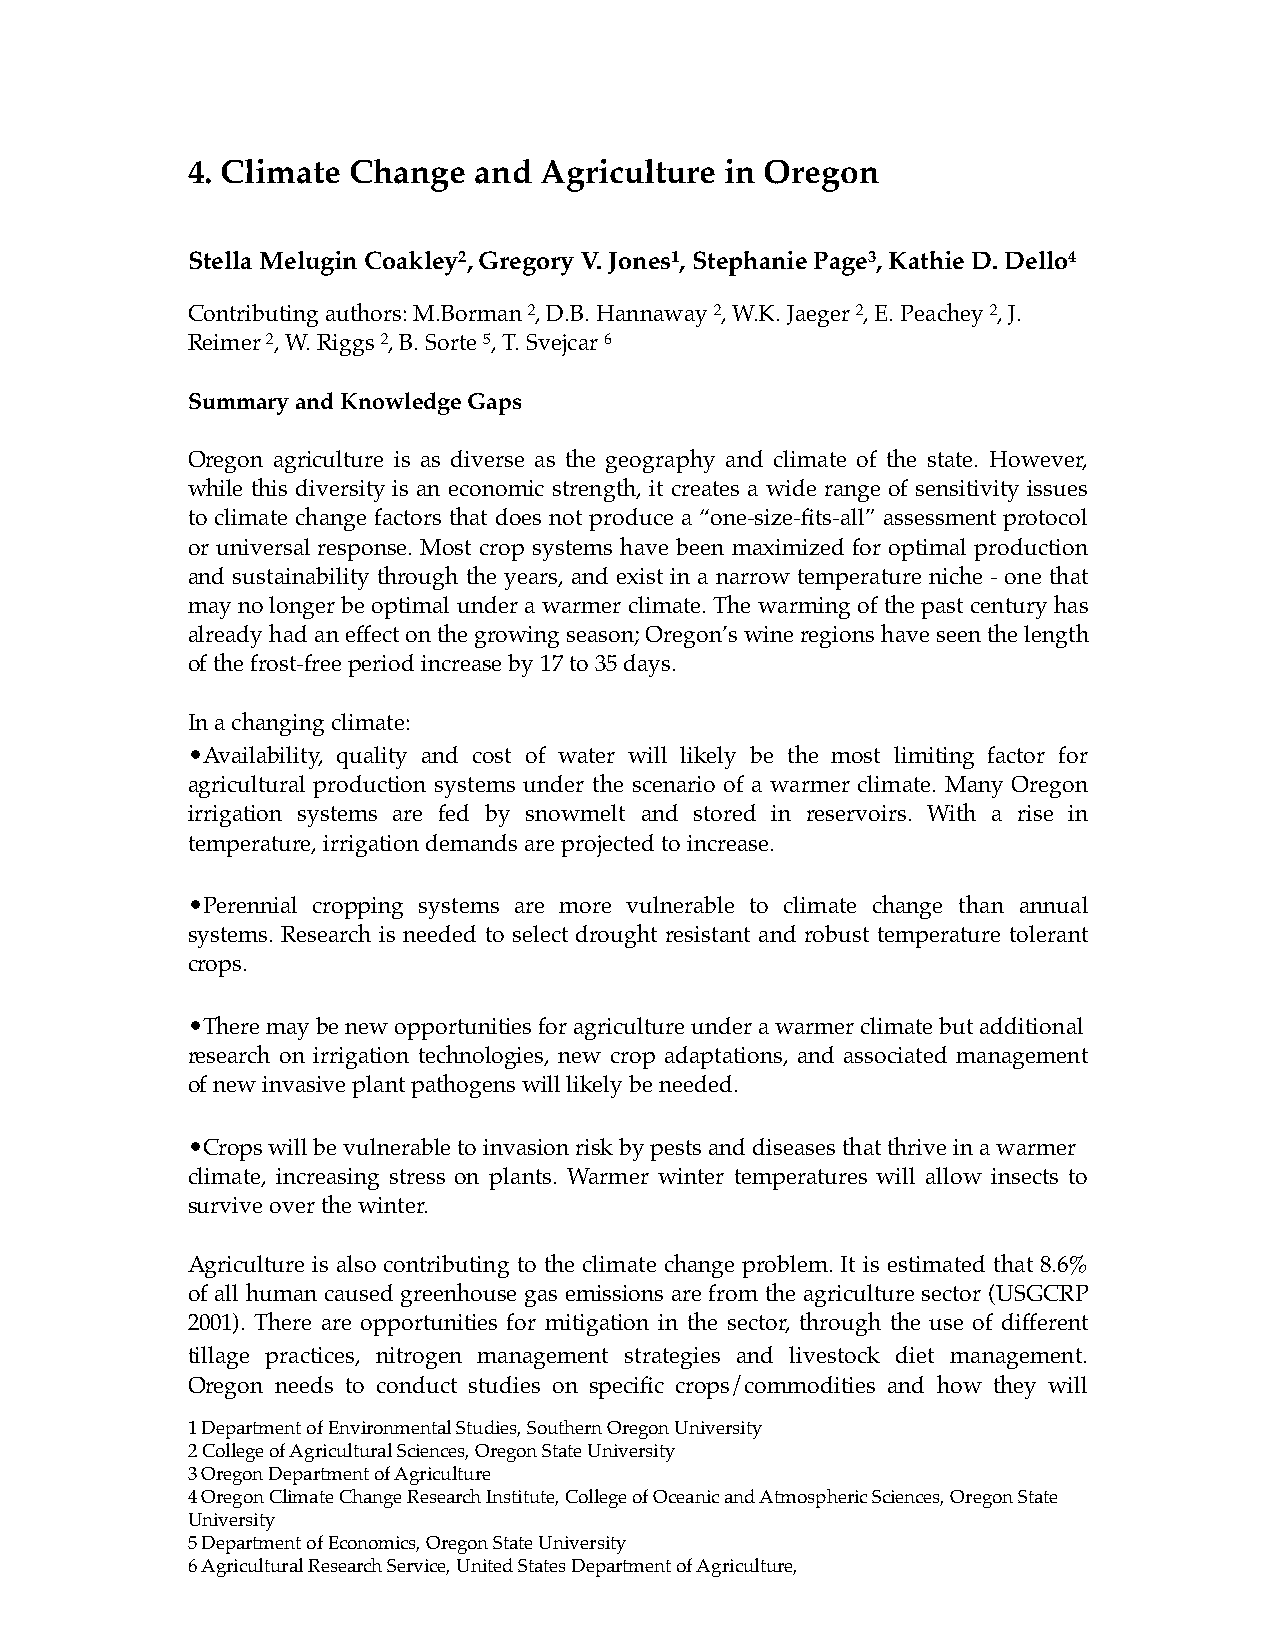
4. Climate Change  and  Agriculture in Oregon
 Stella Melugin Coakley2, Gregory V. Jones1, Stephanie Page3, Kathie D. Dello4
 Contributing authors: M.Borman 2, D.B. Hannaway 2, W.K. Jaeger 2, E. Peachey 2, J.
 Reimer 2, W. Riggs 2, B. Sorte 5, T. Svejcar 6
 Summary and Knowledge Gaps
 Oregon agriculture is as diverse as the geography and climate of the state. However,
 while this diversity is an economic strength, it creates a wide range of sensitivity issues
 to climate change factors that does not produce a “one-size-fits-all” assessment protocol
 or universal response. Most crop systems have been maximized for optimal production
 and sustainability through the years, and exist in a narrow temperature niche - one that
 may no longer be optimal under a warmer climate. The warming of the past century has
 already had an effect on the growing season; Oregon’s wine regions have seen the length
 of the frost-free period increase by 17 to 35 days.
 In a changing climate:
 •Availability, quality and cost of water will likely be the most limiting factor for
 agricultural production systems under the scenario of a warmer climate. Many Oregon
 irrigation systems are fed by snowmelt and stored in reservoirs. With a rise in
 temperature, irrigation demands are projected to increase.
 •Perennial cropping systems are more vulnerable to climate change than annual
 systems. Research is needed to select drought resistant and robust temperature tolerant
 crops.
 •There may be new opportunities for agriculture under a warmer climate but additional
 research on irrigation technologies, new crop adaptations, and associated management
 of new invasive plant pathogens will likely be needed.
 •Crops will be vulnerable to invasion risk by pests and diseases that thrive in a warmer
 climate, increasing stress on plants. Warmer winter temperatures will allow insects to
 survive over the winter.
 Agriculture is also contributing to the climate change problem. It is estimated that 8.6%
 of all human caused greenhouse gas emissions are from the agriculture sector (USGCRP
 2001). There are opportunities for mitigation in the sector, through the use of different
 tillage practices, nitrogen management strategies and livestock diet management.
 Oregon needs to conduct studies on specific crops/commodities and how they will
 1 Department of Environmental Studies, Southern Oregon University
 2 College of Agricultural Sciences, Oregon State University
 3 Oregon Department of Agriculture
 4 Oregon Climate Change Research Institute, College of Oceanic and Atmospheric Sciences, Oregon State
 University
 5 Department of Economics, Oregon State University
 6 Agricultural Research Service, United States Department of Agriculture,